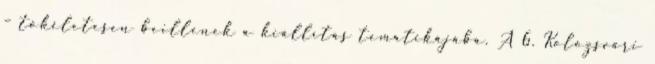
– tökéletesen beillenek a kiállítás tematikájába. A 6. Kolozsvári